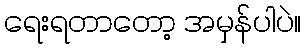
ရေးရတာတော့ အမှန်ပါပဲ။